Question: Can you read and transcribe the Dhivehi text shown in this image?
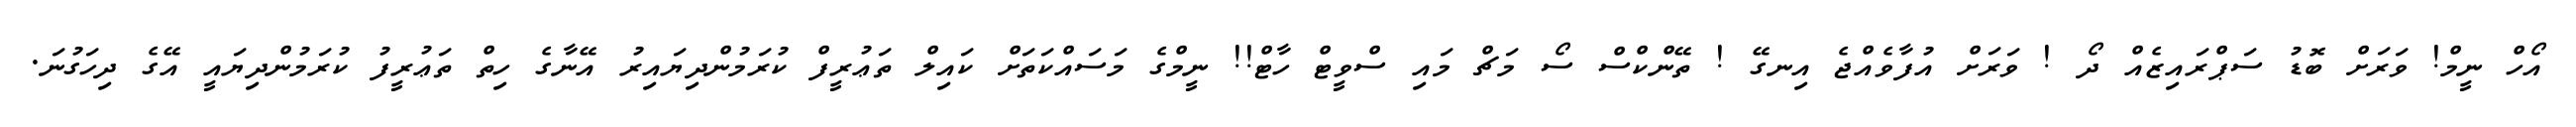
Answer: އޯހް ނީމް! ވަރަށް ބޮޑު ސަޕްރައިޒެއް ދޯ ! ވަރަށް އުފާވެއްޖެ އިނގޭ ! ތޭންކްސް ސޯ މަޗް މައި ސްވީޓް ހާޓް!! ނީމްގެ މަސައްކަތަށް ކައިލް ތަޢުރީފް ކުރަމުންދިޔައިރު އޭނާގެ ހިތް ތަޢުރީފު ކުރަމުންދިޔައީ އޭގެ ދިހަގުނަ.